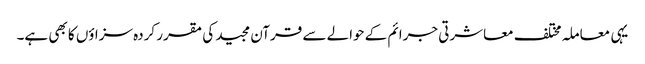
یہی معاملہ مختلف معاشرتی جرائم کے حوالے سے قرآن مجید کی مقرر کردہ سزاؤں کا بھی ہے۔